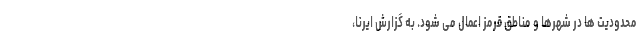
محدودیت ها در شهرها و مناطق قرمز اعمال می شود. به گزارش ایرنا، ‌